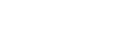
အပ္ပဋိဝေဓာ